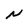
Character: N